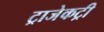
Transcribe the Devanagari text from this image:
ट्राजेकट्री